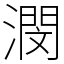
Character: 潣